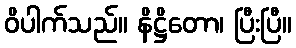
ဝိပါက်သည်။ နိဋ္ဌိတော၊ ပြီးပြီ။